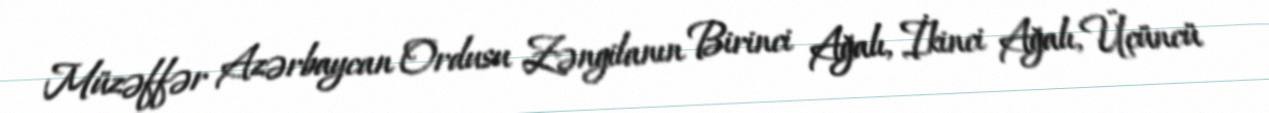
Müzəffər Azərbaycan Ordusu Zəngilanın Birinci Ağalı, İkinci Ağalı, Üçüncü